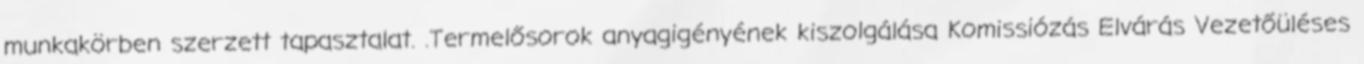
munkakörben szerzett tapasztalat. .Termelősorok anyagigényének kiszolgálása Komissiózás Elvárás Vezetőüléses